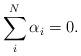
LaTeX: \begin{align*}\sum \limits_{i}^{N} \alpha_i = 0.\end{align*}